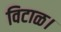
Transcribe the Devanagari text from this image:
विटाळ।